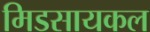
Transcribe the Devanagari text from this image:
मिडसायकल